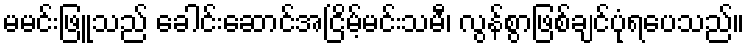
မမင်းဖြူသည် ခေါင်းဆောင်အငြိမ့်မင်းသမီ၊ လွန်စွာဖြစ်ချင်ပုံရပေသည်။